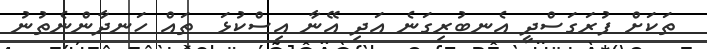
ތަކަށް ފުރަގަސްދީ އެނބުރިގަނެ އަދި އޭނާ އިސްކުޅަ  ތައް ހަނދާންނެތުނު